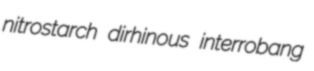
nitrostarch dirhinous interrobang